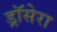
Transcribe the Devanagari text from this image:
ड्रॉसेरा